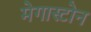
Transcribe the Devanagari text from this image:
मेगास्टोन